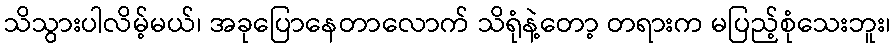
သိသွားပါလိမ့်မယ်၊ အခုပြောနေတာလောက် သိရုံနဲ့တော့ တရားက မပြည့်စုံသေးဘူး၊